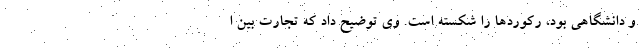
و دانشگاهی بود، رکوردها را شکسته است. وی توضیح داد که تجارت بین ا